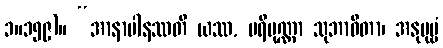
၁။၁၅၉)။ “အာနာပါနဿတိ ယဿ, ပရိပုဏ္ဏာ သုဘာဝိတာ၊ အနုပုဗ္ဗံ